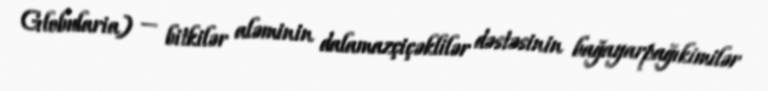
Globularia) — bitkilər aləminin dalamazçiçəklilər dəstəsinin bağayarpağıkimilər